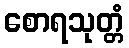
စောရသုတ္တံ